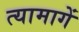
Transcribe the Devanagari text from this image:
त्यामागें